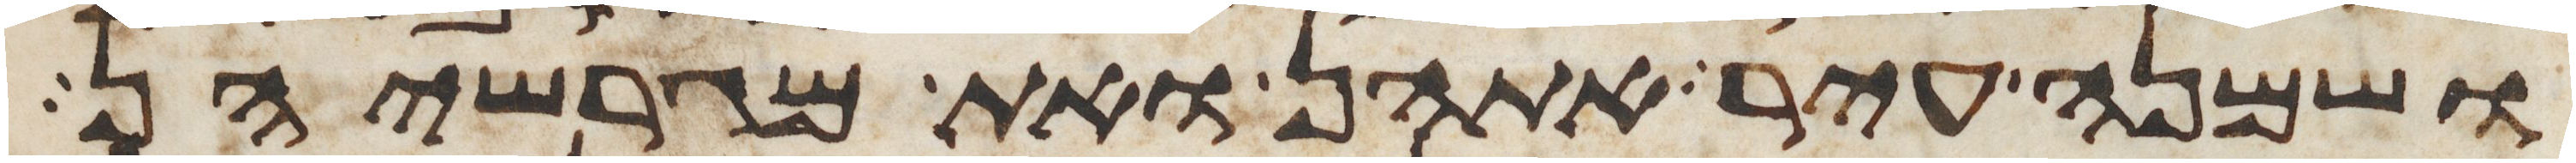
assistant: ושמנה עיר אתהן ואת מגרשיהן